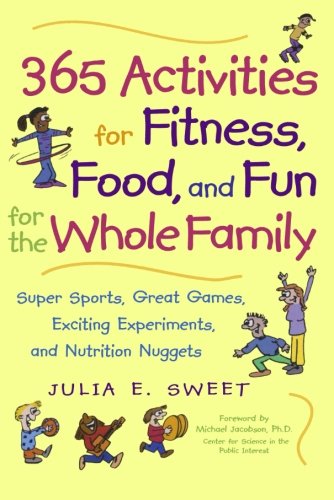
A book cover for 365 Activities for Fitness, Food, and Fun for the Whole Family; Julia Sweet; Cookbooks, Food & Wine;